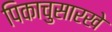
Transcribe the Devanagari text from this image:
पिकाचुसारखे